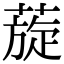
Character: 蔙